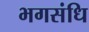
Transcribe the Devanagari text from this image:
भगसंधि